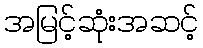
အမြင့်ဆုံးအဆင့်